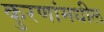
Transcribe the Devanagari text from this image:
कुरणांमधील